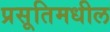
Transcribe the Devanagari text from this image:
प्रसूतिमधील